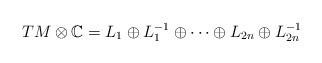
LaTeX: \begin{gather*}TM\otimes \mathbb{C} = L_1\oplus L_1^{-1} \oplus\cdots\oplus L_{2n}\oplus L_{2n}^{-1}\end{gather*}